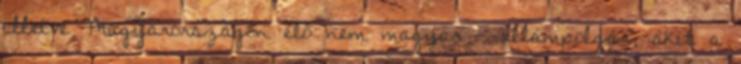
illetve Magyarországon élő nem magyar – állampolgár, akit a